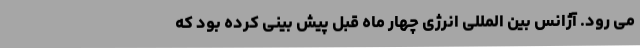
می رود. آژانس بین المللی انرژی چهار ماه قبل پیش بینی کرده بود که